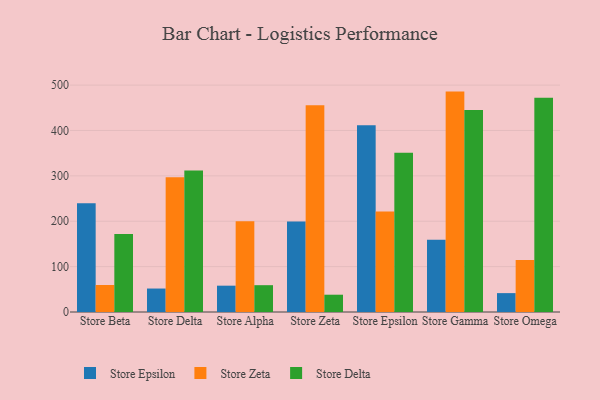
{"axis": {"x": "Store", "y": "Conversion Rate (%)"}, "legend": ["Store Delta", "Store Epsilon", "Store Zeta"], "data": [{"x": "Store Beta", "y": 239.4, "type": "Store Epsilon"}, {"x": "Store Beta", "y": 59.5, "type": "Store Zeta"}, {"x": "Store Beta", "y": 171.9, "type": "Store Delta"}, {"x": "Store Delta", "y": 51.7, "type": "Store Epsilon"}, {"x": "Store Delta", "y": 297.2, "type": "Store Zeta"}, {"x": "Store Delta", "y": 311.7, "type": "Store Delta"}, {"x": "Store Alpha", "y": 58.0, "type": "Store Epsilon"}, {"x": "Store Alpha", "y": 200.0, "type": "Store Zeta"}, {"x": "Store Alpha", "y": 59.1, "type": "Store Delta"}, {"x": "Store Zeta", "y": 199.5, "type": "Store Epsilon"}, {"x": "Store Zeta", "y": 455.4, "type": "Store Zeta"}, {"x": "Store Zeta", "y": 38.1, "type": "Store Delta"}, {"x": "Store Epsilon", "y": 411.4, "type": "Store Epsilon"}, {"x": "Store Epsilon", "y": 221.4, "type": "Store Zeta"}, {"x": "Store Epsilon", "y": 350.7, "type": "Store Delta"}, {"x": "Store Gamma", "y": 159.2, "type": "Store Epsilon"}, {"x": "Store Gamma", "y": 485.7, "type": "Store Zeta"}, {"x": "Store Gamma", "y": 445.2, "type": "Store Delta"}, {"x": "Store Omega", "y": 41.6, "type": "Store Epsilon"}, {"x": "Store Omega", "y": 114.7, "type": "Store Zeta"}, {"x": "Store Omega", "y": 472.0, "type": "Store Delta"}]}